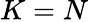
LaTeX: K=N